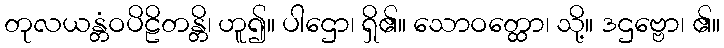
တုလယန္တံဝပိဠိတန္တိ၊ ဟူ၍။ ပါဌော၊ ရှိ၏။ သောဝတ္ထော၊ သို့။ ဒဌဗ္ဗော၊ ၏။